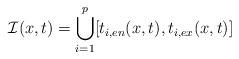
LaTeX: \begin{align*} \mathcal{I}(x,t)=\bigcup_{i=1}^p[t_{i,en}(x,t),t_{i,ex}(x,t)]\end{align*}